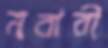
নবাবী